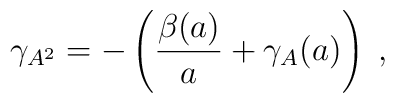
\gamma _{A^{2}}=-\left( \frac{\beta (a)}{a}+\gamma _{A}(a)\right) \;,